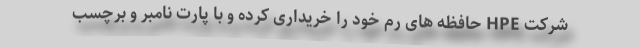
شرکت HPE حافظه های رم خود را خریداری کرده و با پارت نامبر و برچسب